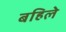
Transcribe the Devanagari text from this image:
बहिले